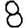
Digit: 8